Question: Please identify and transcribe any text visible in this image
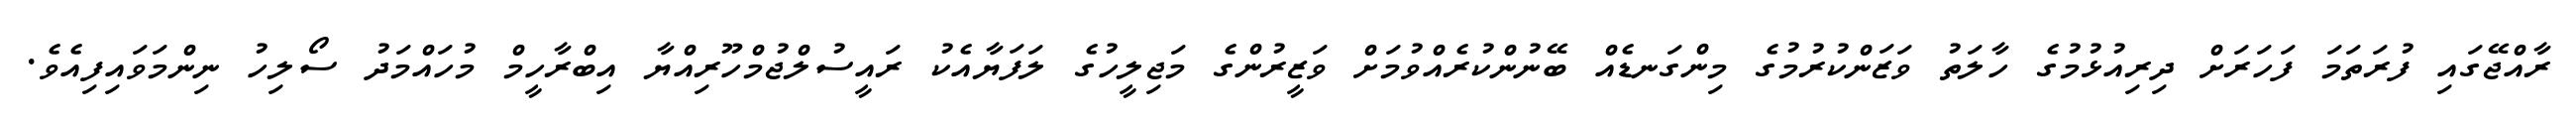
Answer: ރާއްޖޭގައި ފުރަތަމަ ފަހަރަށް ދިރިއުޅުމުގެ ހާލަތު ވަޒަންކުރުމުގެ މިންގަނޑެއް ބޭނުންކުރެއްވުމަށް ވަޒީރުންގެ މަޖިލީހުގެ ލަފަޔާއެކު ރައީސުލްޖުމްހޫރިއްޔާ އިބްރާހީމް މުހައްމަދު ސޯލިހު ނިންމަވައިފިއެވެ.